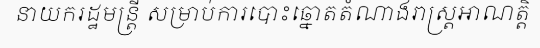
នាយករដ្ឋមន្ត្រី សម្រាប់ការបោះឆ្នោតតំណាងរាស្ត្រអាណត្តិ